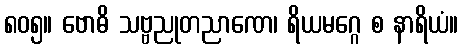
၈၀၅။ ဗောဓိ သဗ္ဗညုတညာဏေ၊ ရိယမဂ္ဂေ စ နာရိယံ။